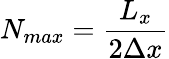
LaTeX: N_{max}=\frac{L_{x}}{2\Delta x}